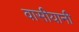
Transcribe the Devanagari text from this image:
वासीयानी